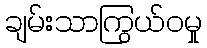
ချမ်းသာကြွယ်ဝမှု